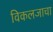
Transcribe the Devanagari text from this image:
विकलजाचा